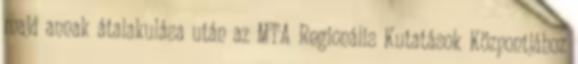
majd annak átalakulása után az MTA Regionális Kutatások Központjához